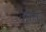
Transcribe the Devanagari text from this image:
होेते।